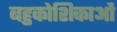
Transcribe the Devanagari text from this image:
बहुकोशिकाओं